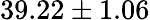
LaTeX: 39.22\pm 1.06